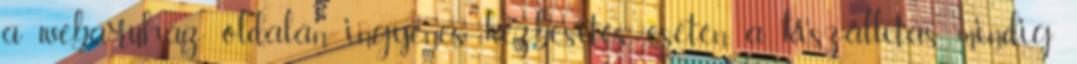
a webáruház oldalán. ingyenes kézbesítés esetén, a kiszállítás mindig